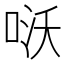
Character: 𠴎